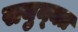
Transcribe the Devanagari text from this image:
सयुन्क्त